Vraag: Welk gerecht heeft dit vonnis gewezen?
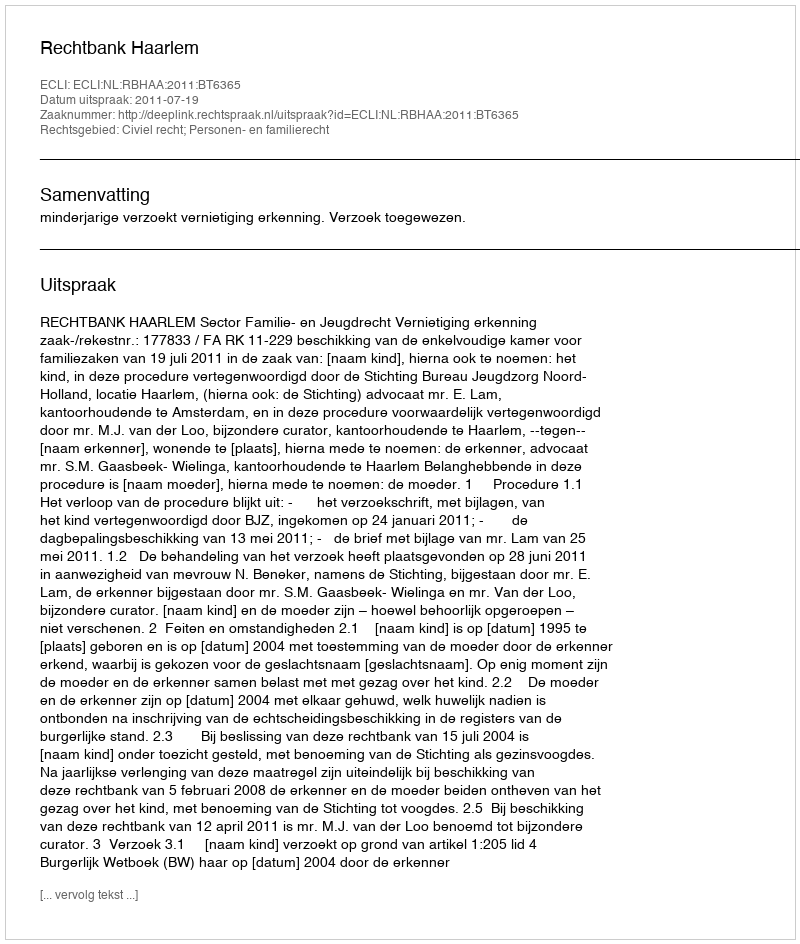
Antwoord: Rechtbank Haarlem